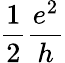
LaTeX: {\frac{1}{2}}{\frac{e^{2}}{h}}